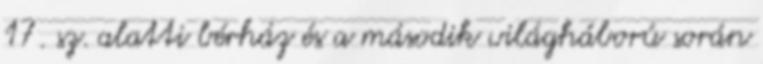
17. sz. alatti bérház és a második világháború során